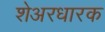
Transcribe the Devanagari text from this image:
शेअरधारक